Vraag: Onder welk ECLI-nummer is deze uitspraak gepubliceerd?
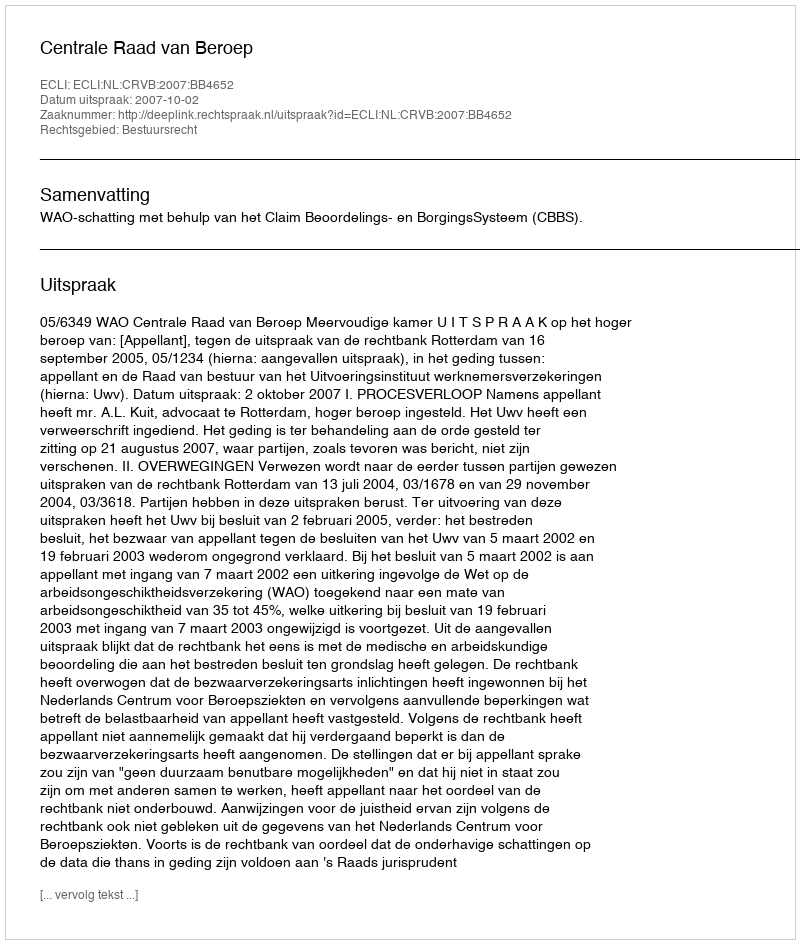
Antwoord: ECLI:NL:CRVB:2007:BB4652